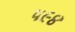
૫૯૪